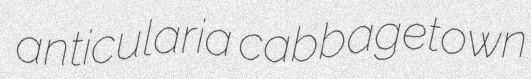
anticularia cabbagetown